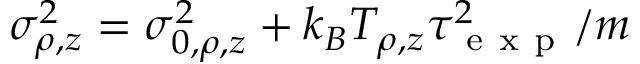
\sigma _ { \rho , z } ^ { 2 } = \sigma _ { 0 , \rho , z } ^ { 2 } + k _ { B } T _ { \rho , z } \tau _ { \mathrm { ~ e ~ x ~ p ~ } } ^ { 2 } / m